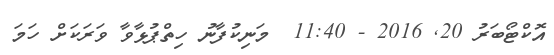
އޮކްޓޯބަރު 20